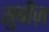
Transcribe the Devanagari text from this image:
सुबीज़